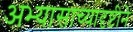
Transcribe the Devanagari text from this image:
अभ्यासाच्यादृष्टीने